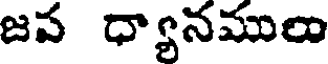
జవ ధ్యానములు